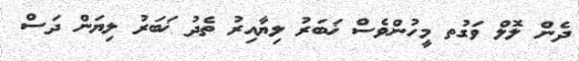
ދެން ލޮލް ވަގުތ މީހުންވެސް ޚަބަރު ލިޔާއިރު ތެދު ޚަބަރު ލިޔަން ދަސް